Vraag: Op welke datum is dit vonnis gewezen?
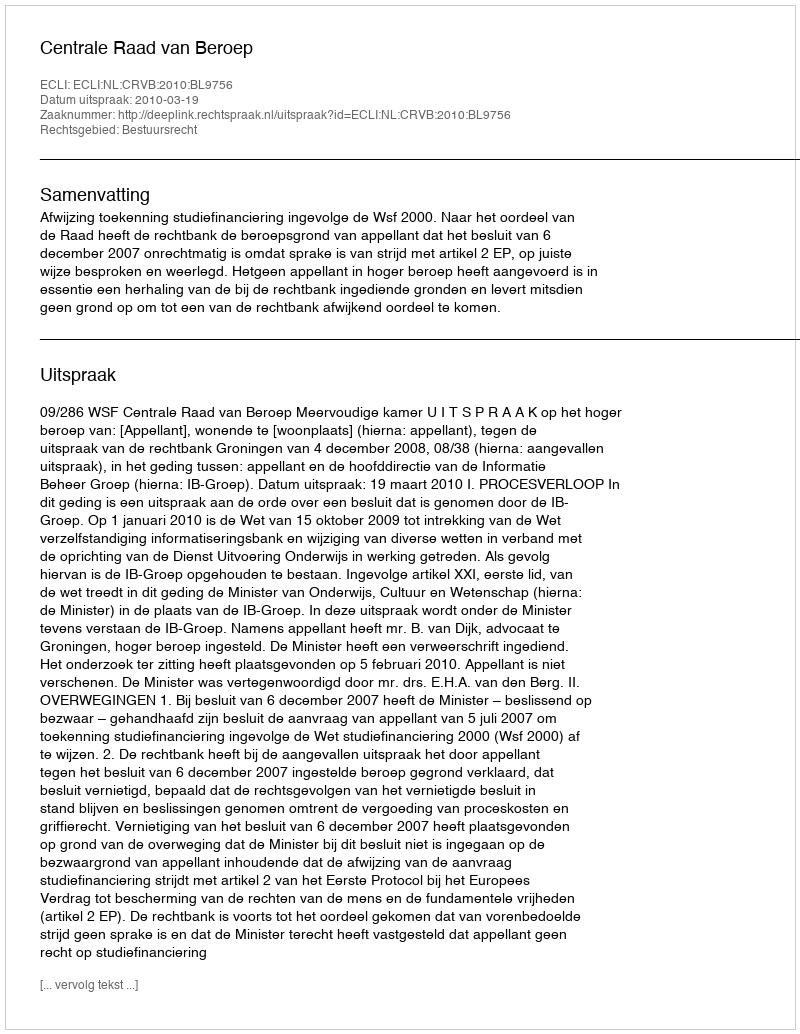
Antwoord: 2010-03-19